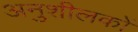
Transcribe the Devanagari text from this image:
अनुशीलकों